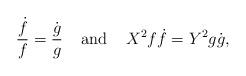
LaTeX: \begin{align*}\frac{\dot{f}}{f}=\frac{\dot{g}}{g}\;\;\;\;{\mbox{and}}\;\;\;\;X^2 f\dot{f}=Y^2 g\dot{g},\end{align*}